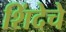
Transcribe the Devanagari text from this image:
शिंदेचे